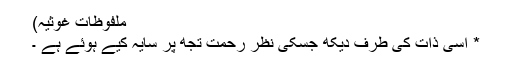
ملفوظاتِ غوثیہ)
* اسی ذات کی طرف دیکھ جسکی نظرِ رحمت تجھ پر سایہ کیے ہوئے ہے ۔